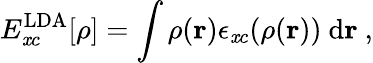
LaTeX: E_{\mathit{x}c}^{\mathrm{{LDA}}}[\rho]=\int\rho(\mathbf{{r}})\epsilon_{\mathit{x}c}(\rho(\mathbf{{r}}))\ \mathrm{{d}}\mathbf{{r}}\ ,